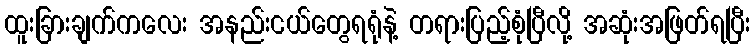
ထူးခြားချက်ကလေး အနည်းငယ်တွေရရုံနဲ့ တရားပြည့်စုံပြီလို့ အဆုံးအဖြတ်ရပြီး